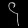
Digit: ၄